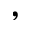
,